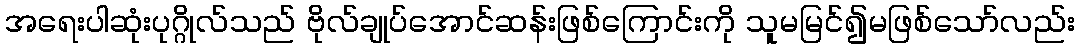
အရေးပါဆုံးပုဂ္ဂိုလ်သည် ဗိုလ်ချုပ်အောင်ဆန်းဖြစ်ကြောင်းကို သူမမြင်၍မဖြစ်သော်လည်း